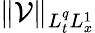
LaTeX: \| \mathcal{V}\| _{L_{t}^{q}L_{x}^{1}}